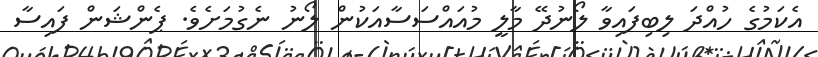
އެކަމުގެ ހުއްދަ ލިބިފައިވާ ލޯނުދޭ މާލީ މުއައްސަސާއަކުން ލޯނު ނެގުމަށެވެ. ޕެންޝަން ފައިސާ